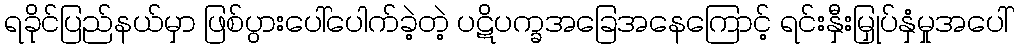
ရခိုင်ပြည်နယ်မှာ ဖြစ်ပွားပေါ်ပေါက်ခဲ့တဲ့ ပဋိပက္ခအခြေအနေကြောင့် ရင်းနှီးမြှုပ်နှံမှုအပေါ်